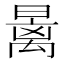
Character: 𰖩